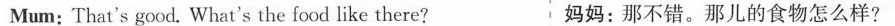
Mum: That's good. What's the food like there? 妈妈：那不错，那儿的食物怎么样？